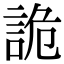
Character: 詭